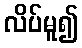
လိပ်မူ၍